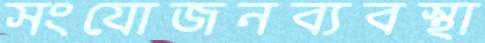
সংযোজনব্যবস্থা